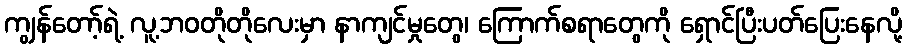
ကျွန်တော့်ရဲ့ လူ့ဘဝတိုတိုလေးမှာ နာကျင်မှုတွေ၊ ကြောက်စရာတွေကို ရှောင်ပြီးပတ်ပြေးနေလို့